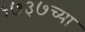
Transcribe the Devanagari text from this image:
१७३७च्या